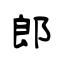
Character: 郎